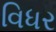
વિધર